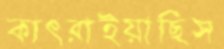
কাৎরাইয়াছিস